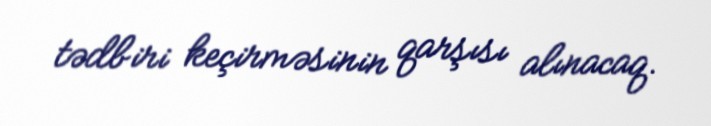
tədbiri keçirməsinin qarşısı alınacaq.